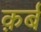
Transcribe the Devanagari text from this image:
क़र्ब